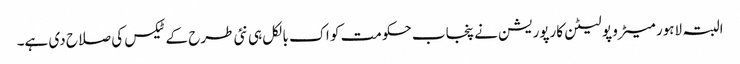
البتہ لاہور میٹرو پو لیٹن کارپوریشن نے پنجاب حکومت کو اک بالکل ہی نئی طرح کے ٹیکس کی صلاح دی ہے۔